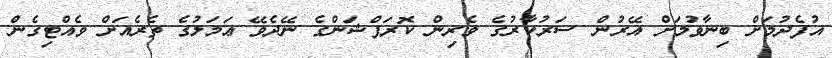
އުފެދުމަށް ބިނާވުމަށް އޭރުން ސަރުކާރުގެ ވެރިން ކޮރަޕްޝަންގެ ނޭދެވޭ ޢަމަލުގެ ތެރެއަށް ވެއްޓިގެން